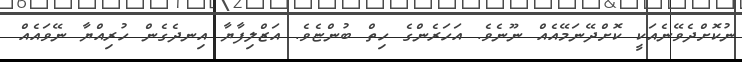
ނުކޮށްދެވޭނެއަކީ ކޮށްދޭނަމޭއެއް ނޫނެވެ. އަހަރެންގެ ހިތް ބުންޏެވެ. އަޒްލިފާޔާ އިނދެގެން ހުރިއްޔާ ނޭވައެއް